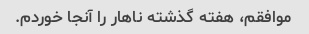
موافقم، هفته گذشته ناهار را آنجا خوردم.